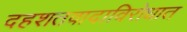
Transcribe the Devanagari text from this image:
दहशतवादाविरोधात